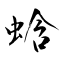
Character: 蛿